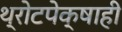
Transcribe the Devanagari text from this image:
थ्रोटपेक्षाही